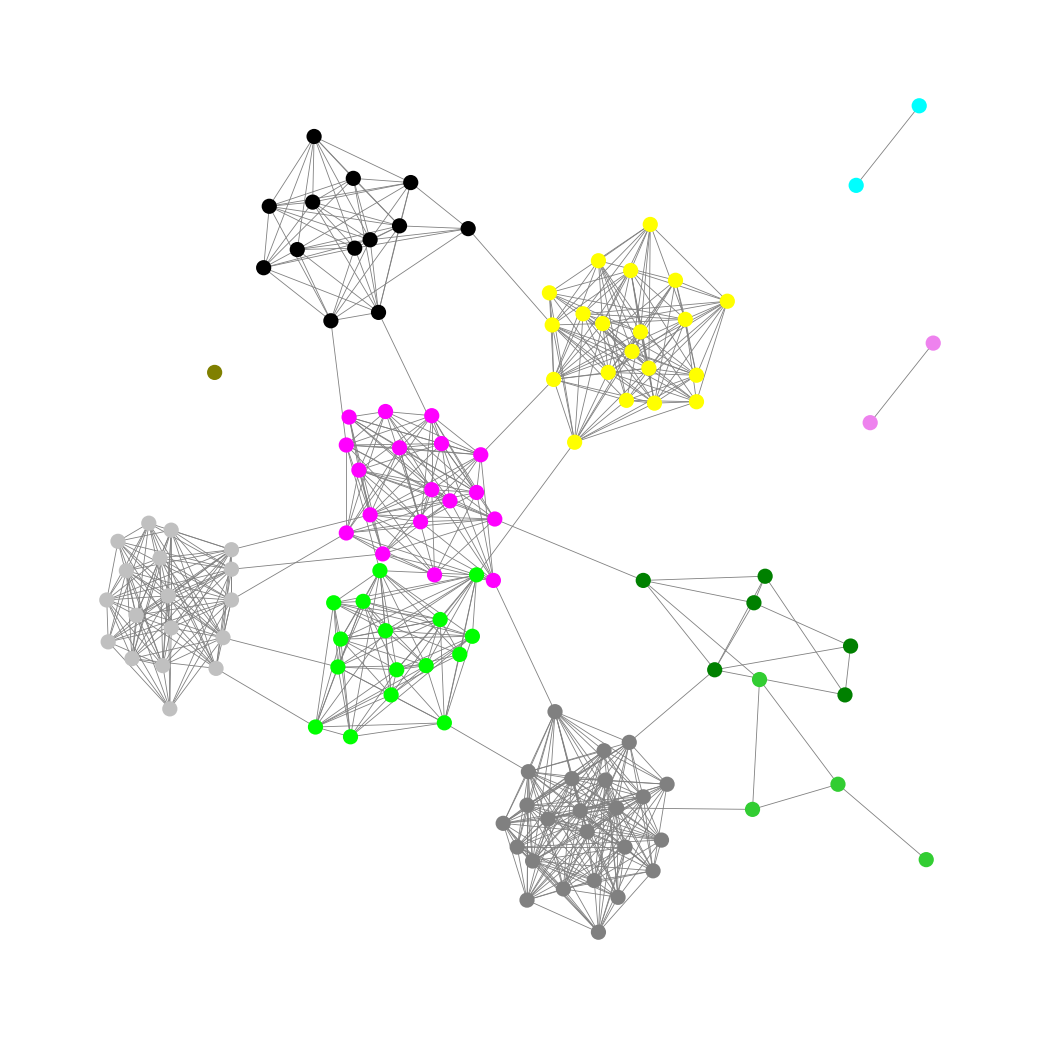
Graph connected: No
Number of connected components: 4
Number of singletons: 1
Total number of nodes: 124
Total number of edges: 722
Number of communities: 11
Community sizes:
Aqua: 2
Black: 13
Fuchsia: 18
Gray: 24
Green: 6
Lime: 16
Lime Green: 4
Olive: 1
Silver: 18
Violet: 2
Yellow: 20
Graph layout: tda
Graph generation method: erdos_renyi